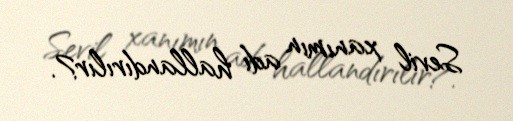
Sevil xanımın adı hallandırılır?.